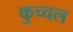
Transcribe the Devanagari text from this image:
कुच्चल